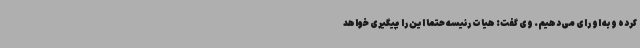
کرده و به او رای می‌دهیم. وی گفت: هیات رئیسه حتما این را پیگیری خواهد